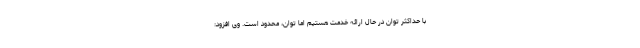
با حداکثر توان در حال ارائه خدمت هستیم اما توان، محدود است. وی افزود: